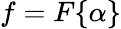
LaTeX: f=F\{ \alpha\}